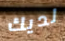
لديك